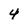
Character: 4